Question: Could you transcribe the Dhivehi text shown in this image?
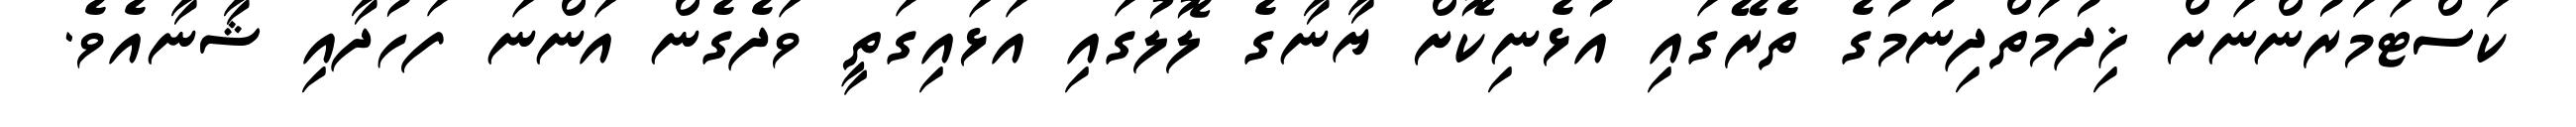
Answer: ކަސްޓަމަރުންނަށް ޚިދުމަތްދިނުމުގެ ތެރޭގައި އުޅެނިކޮށް ޔާނާގެ ލޮލުގައި އަޅައިގަތީ ވަދެގެން އަންނަ ފަހުދާއި ޝާނާއެވެ.